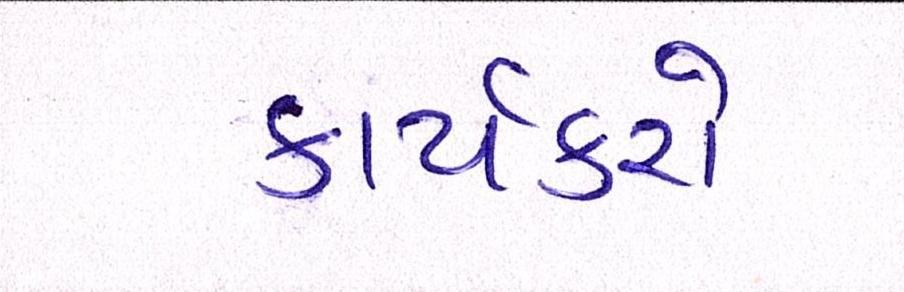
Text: કાર્યકરો